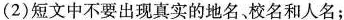
(2)短文中不要出现真实的地名、校名和人名；